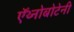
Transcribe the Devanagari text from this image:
ऍथ्नोबोटेनी